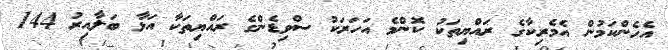
އެހެންކަމުން އެމެރިކާގެ ރައްޔިތަކު ކޮންމެ އަހަރަކު ސްވިޑެންގެ ރައްޔިތަކާ އަޅާ ބަލާއިރު 144